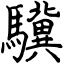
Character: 驥